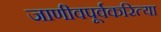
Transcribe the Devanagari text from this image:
जाणीवपूर्वकरित्या